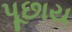
પૂછાય